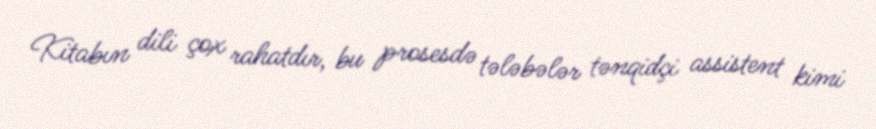
Kitabın dili çox rahatdır, bu prosesdə tələbələr tənqidçi assistent kimi